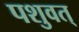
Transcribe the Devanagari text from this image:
पशुवत्